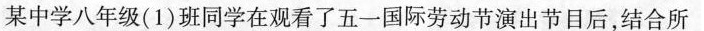
某中学八年级(1)班同学在观看了五一国际劳动节演出节目后，结合所